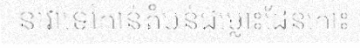
នាវាទៅកាន់តំបន់ជម្លោះដែនកោះ